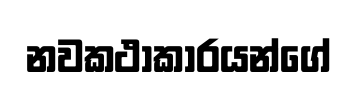
නවකථාකාරයන්ගේ